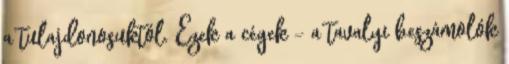
a tulajdonosuktól. Ezek a cégek – a tavalyi beszámolók